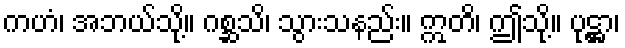
ကဟံ၊ အဘယ်သို့။ ဂစ္ဆသိ၊ သွားသနည်း။ ဣတိ၊ ဤသို့။ ပုဋ္ဌာ၊